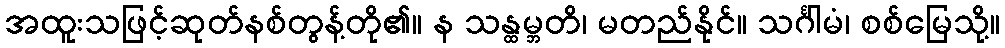
အထူးသဖြင့်ဆုတ်နစ်တွန့်တို၏။ န သန္ထမ္ဘတိ၊ မတည်နိုင်။ သင်္ဂါမံ၊ စစ်မြေသို့။